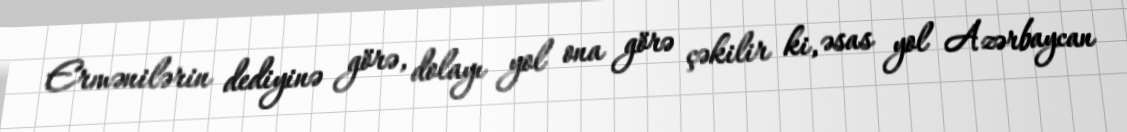
Ermənilərin dediyinə görə, dolayı yol ona görə çəkilir ki, əsas yol Azərbaycan